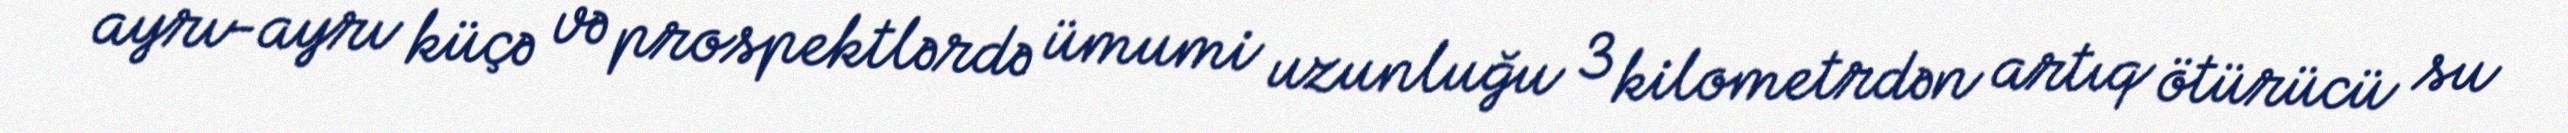
ayrı-ayrı küçə və prospektlərdə ümumi uzunluğu 3 kilometrdən artıq ötürücü su